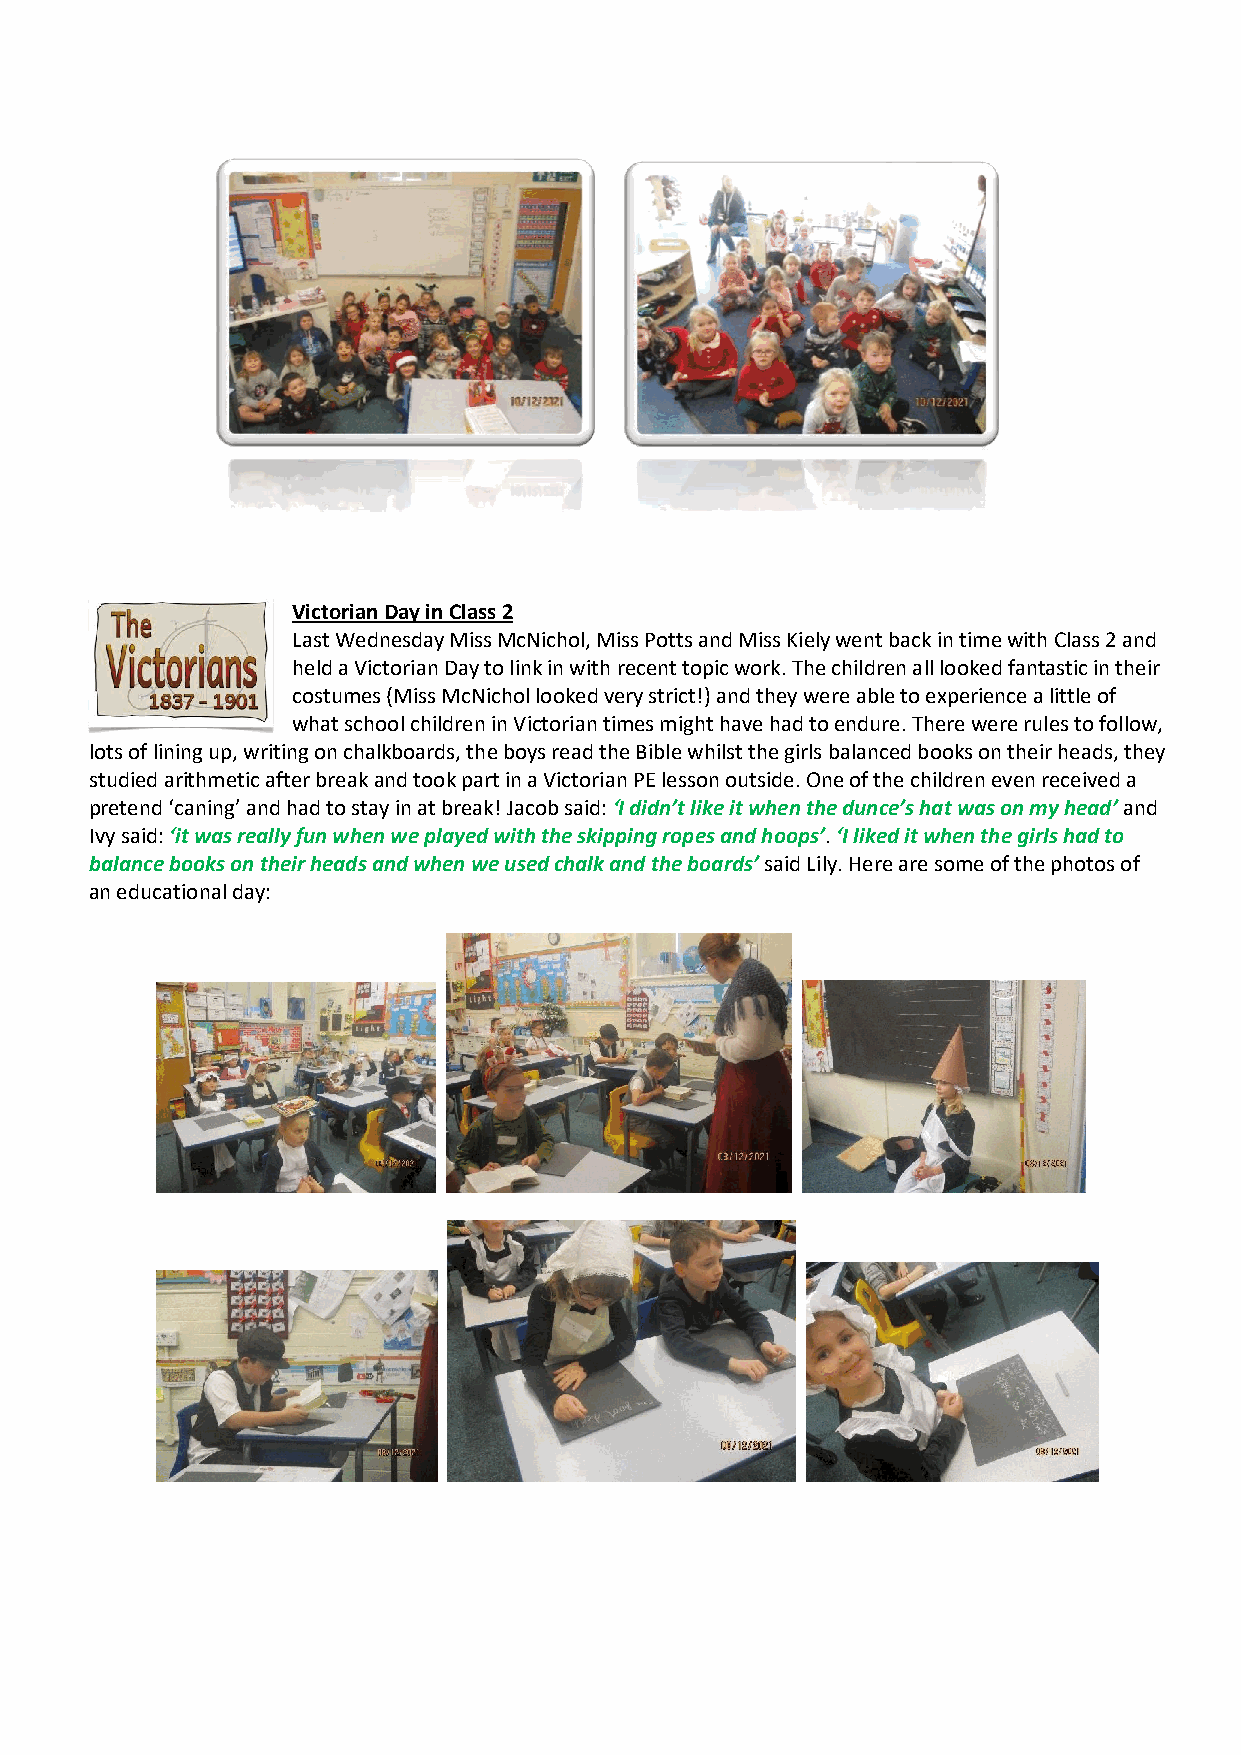
Victorian Day in Class 2
 Last Wednesday Miss McNichol, Miss Potts and Miss Kiely went back in time with Class 2 and
 held a Victorian Day to link in with recent topic work. The children all looked fantastic in their
 costumes (Miss McNichol looked very strict!) and they were able to experience a little of
 what school children in Victorian times might have had to endure. There were rules to follow,
 lots of lining up, writing on chalkboards, the boys read the Bible whilst the girls balanced books on their heads, they
 studied arithmetic after break and took part in a Victorian PE lesson outside. One of the children even received a
 pretend ‘caning’ and had to stay in at break! Jacob said: ‘I didn’t like it when the dunce’s hat was on my head’ and
 Ivy said: ‘it was really fun when we played with the skipping ropes and hoops’. ‘I liked it when the girls had to
 balance books on their heads and when we used chalk and the boards’ said Lily. Here are some of the photos of
 an educational day: